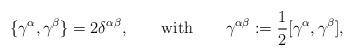
LaTeX: \begin{align*}\{\gamma^\alpha,\gamma^\beta\}=2\delta^{\alpha\beta},\qquad\hbox{with}\qquad\gamma^{\alpha\beta}:={1\over 2}[\gamma^\alpha,\gamma^\beta],\end{align*}